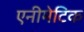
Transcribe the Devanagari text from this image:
एनीमेटिक